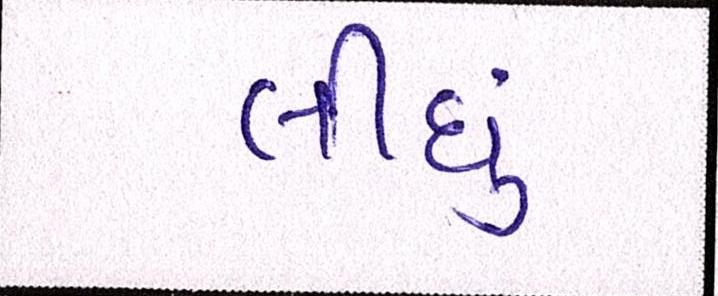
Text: લીઘું